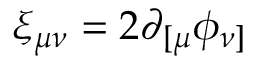
\xi _ { \mu \nu } = 2 \partial _ { [ \mu } \phi _ { \nu ] }